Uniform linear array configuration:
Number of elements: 4
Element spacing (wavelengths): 0.5
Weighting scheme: hamming
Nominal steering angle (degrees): -15
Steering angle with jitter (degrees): -13.011
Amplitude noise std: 0.05
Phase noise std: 0.05

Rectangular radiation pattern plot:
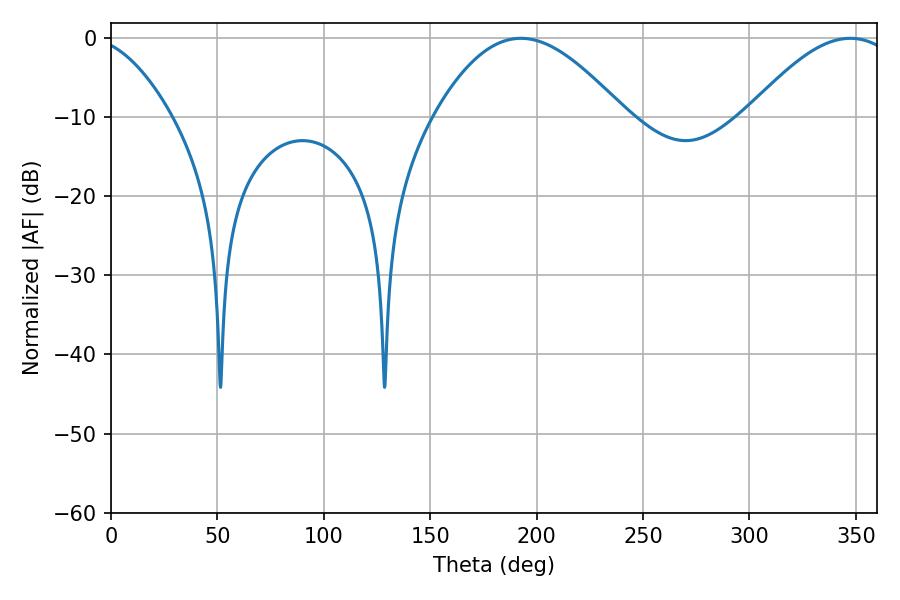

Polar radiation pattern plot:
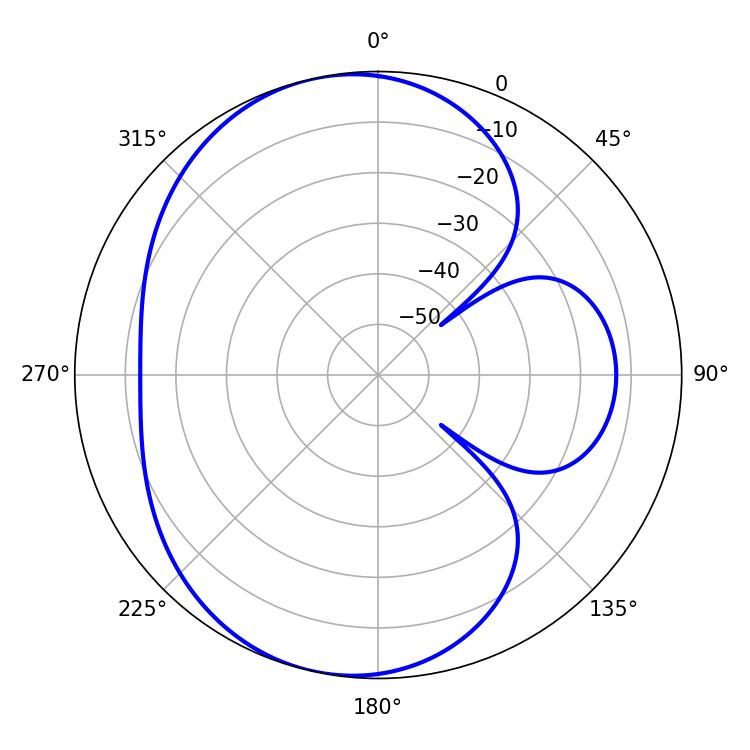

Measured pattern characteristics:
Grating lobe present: FALSE
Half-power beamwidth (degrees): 37.98
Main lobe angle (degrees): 347.4